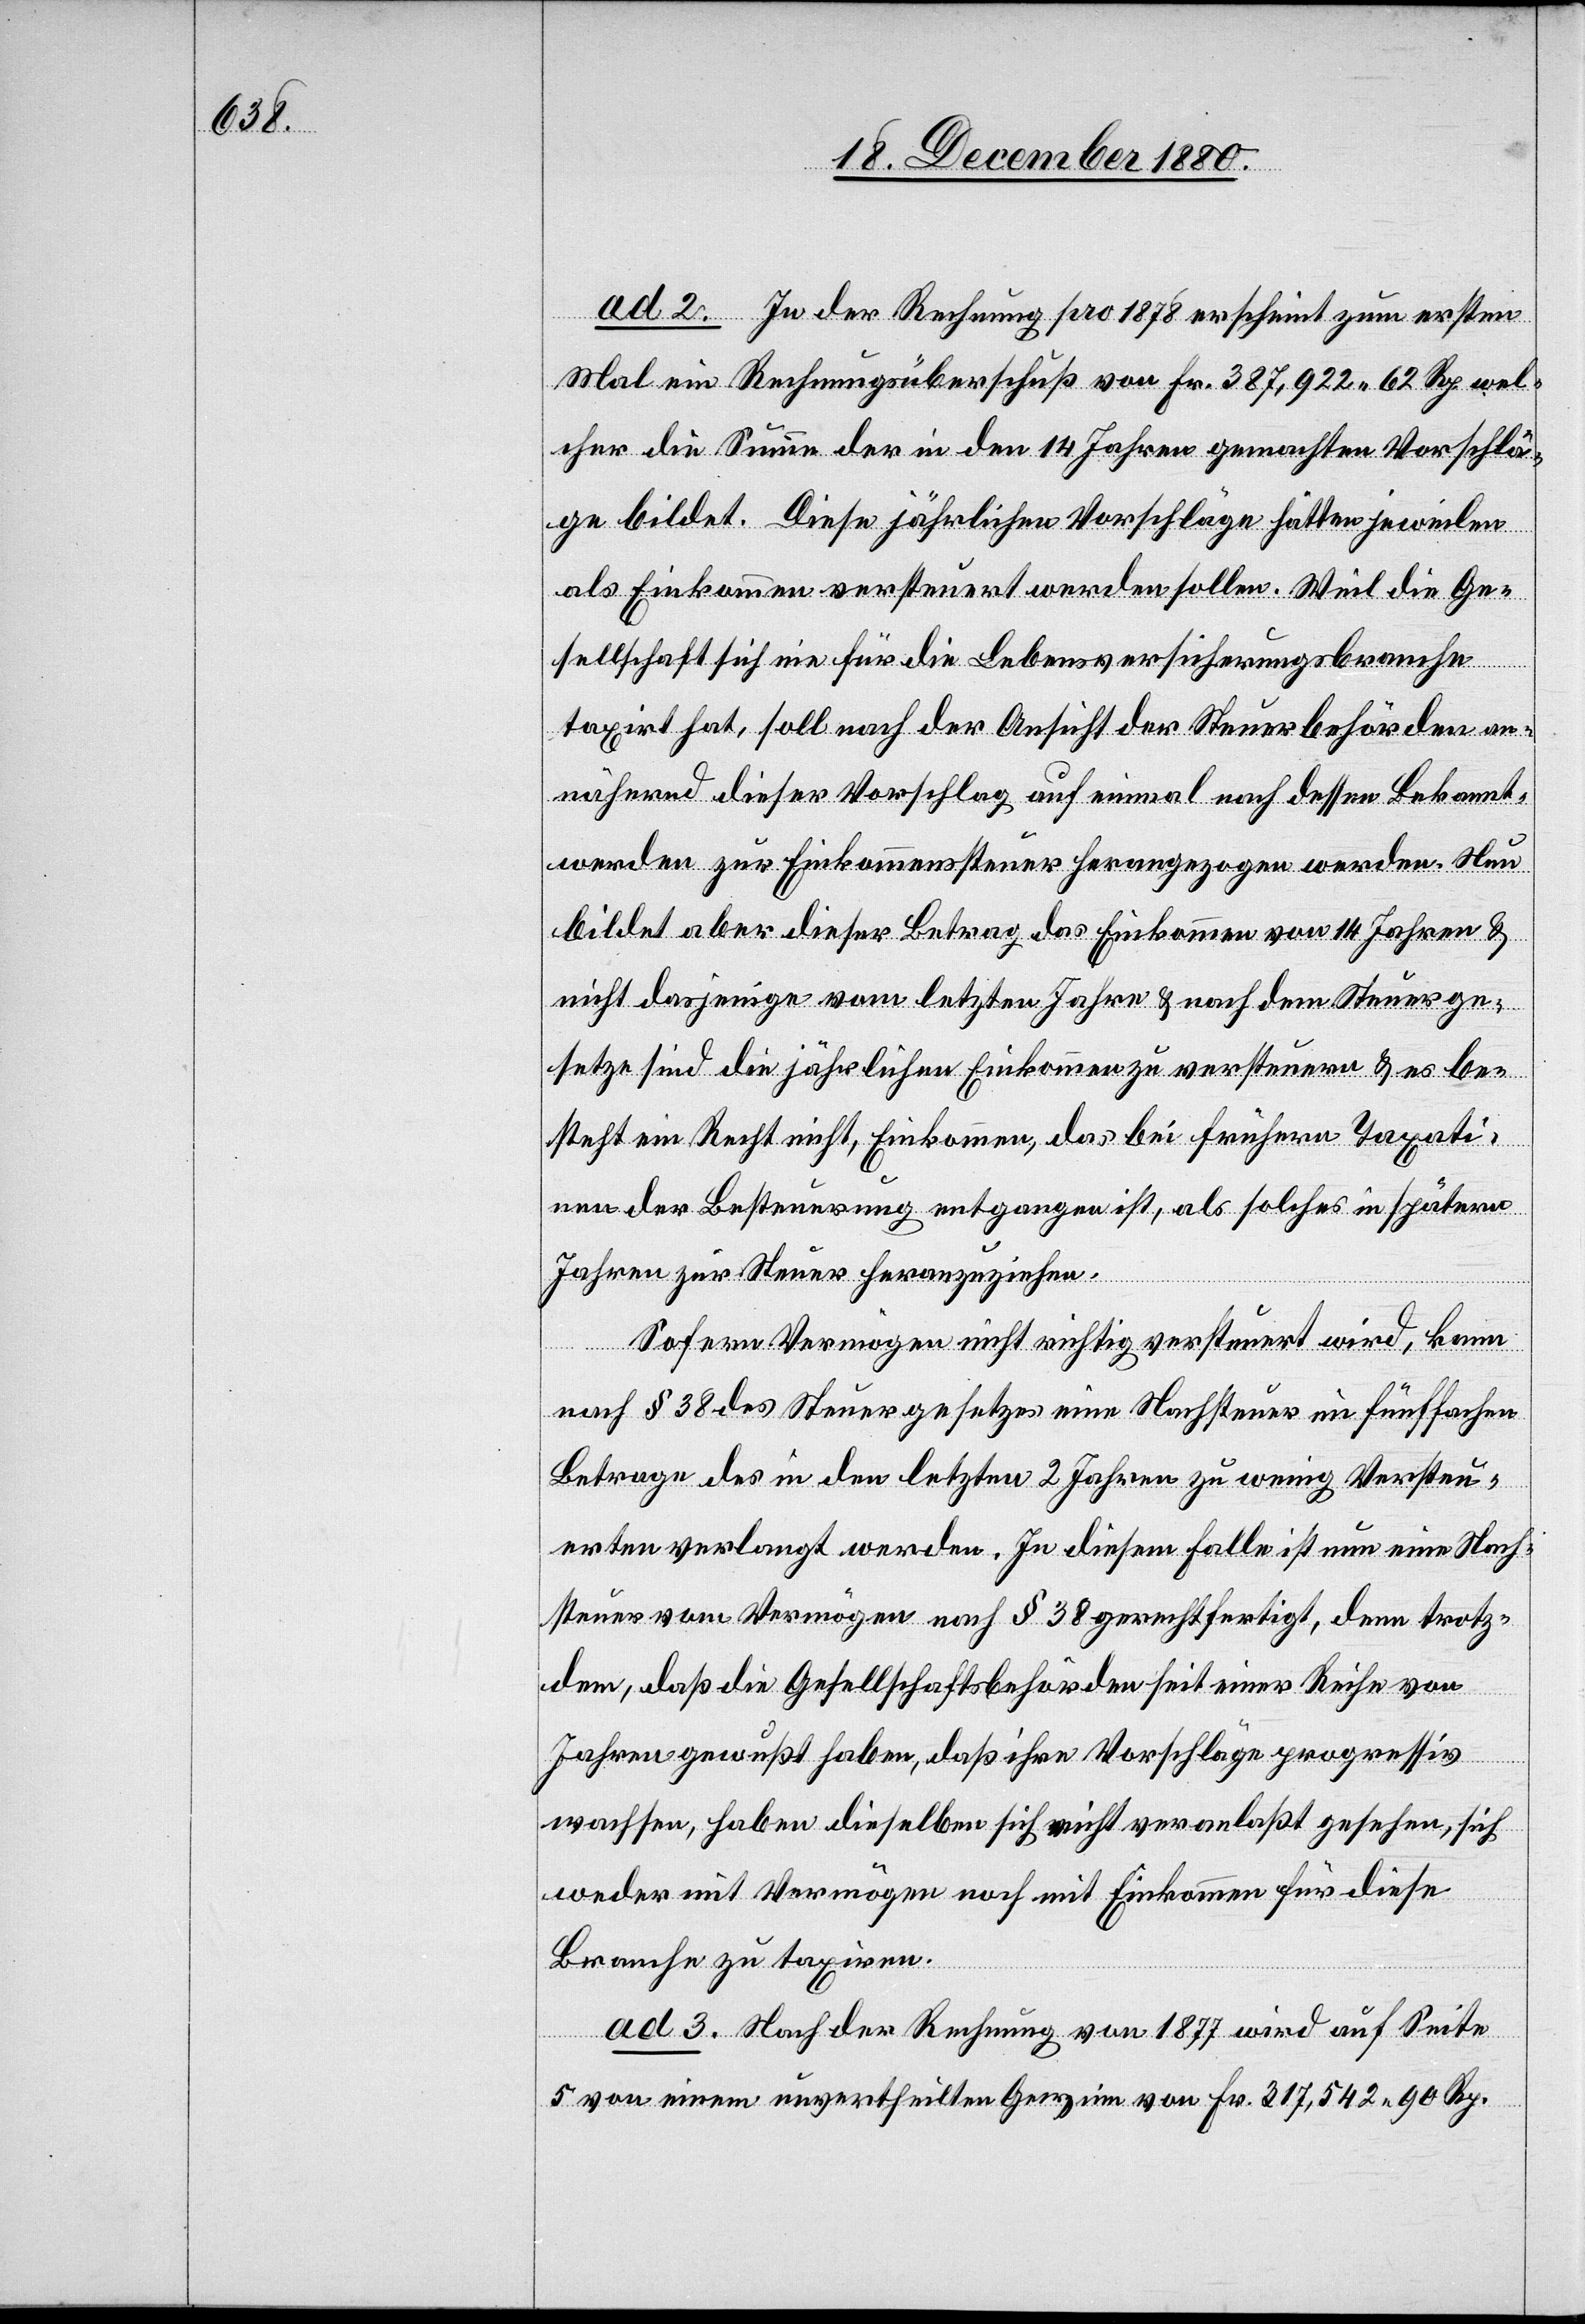
ad 2. In der Rechnung pro 1878 erscheint zum ersten
Mal ein Rechnungsüberschuß von Fr. 387,922 62 Rp. wel¬
cher die Summe der in den 14 Jahren gemachten Vorschlä¬
ge bildet. Diese jährlichen Vorschläge hätten jeweilen
als Einkommen versteuert werden sollen. Weil die Ge¬
sellschaft sich nie für die Lebensversicherungsbranche
taxirt hat, soll nach der Ansicht der Steuerbehörden an¬
nähernd dieser Vorschlag auf einmal nach dessen Bekannt¬
werden zur Einkommenssteuer herangezogen werden. Neu
bildet aber dieser Betrag das Einkommen von 14 Jahren &
nicht dasjenige vom letzten Jahre & nach dem Steuerge¬
setze sind die jährlichen Einkommen zu versteuern & es be¬
steht ein Recht nicht, Einkommen, das bei frühern Taxati¬
onen der Besteuerung entgangen ist, als solches in spätern
Jahren zur Steuer heranzuziehen.
Sofern Vermögen nicht richtig versteuert wird, kann
nach § 38 des Steuergesetzes eine Nachsteuer im fünffachen
Betrage des in den letzten 2 Jahren zu wenig Versteu¬
erten verlangt werden. In diesem Falle ist nun eine Nach¬
steuer von Vermögen nach § 38 gerechtfertigt, denn trotz¬
dem, daß die Gesellschaftsbehörden seit einer Reihe von
Jahren gewußt haben, daß ihre Vorschläge progressiv
wachsen, haben dieselben sich nicht veranlaßt gesehen, sich
weder mit Vermögen noch mit Einkommen für diese
Branche zu taxiren.
ad 3. Nach der Rechnung von 1877 wird auf Seite
5 von einem unvertheilten Gewinn von Fr. 317,542 90 Rp.